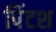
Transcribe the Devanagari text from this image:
पिंटश